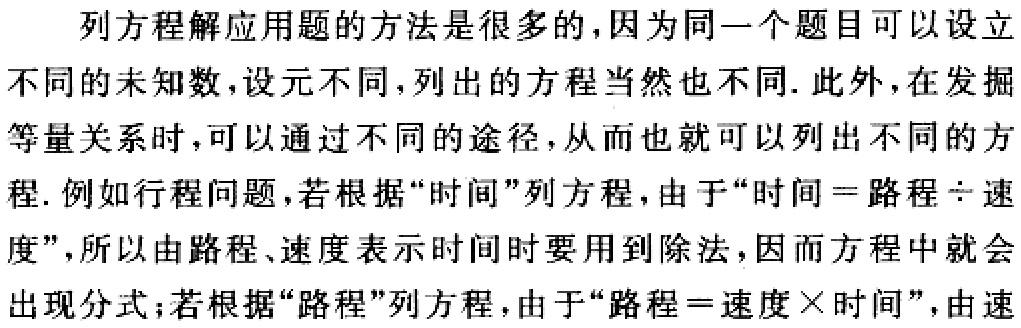
列方程解应用题的方法是很多的,因为同一个题目可以设立不同的未知数,设元不同,列出的方程当然也不同. 此外,在发掘等量关系时,可以通过不同的途径,从而也就可以列出不同的方程. 例如行程问题,若根据“时间”列方程,由于“时间 = 路程÷速度”,所以由路程、速度表示时间时要用到除法,因而方程中就会出现分式;若根据“路程”列方程,由于“路程 = 速度×时间”,由速